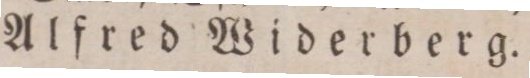
Alfred Widerberg.